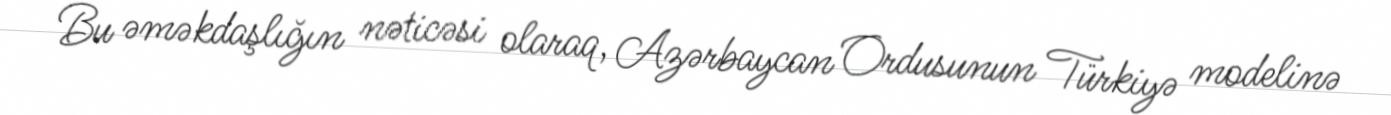
Bu əməkdaşlığın nəticəsi olaraq, Azərbaycan Ordusunun Türkiyə modelinə